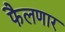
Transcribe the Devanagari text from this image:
फैलणार